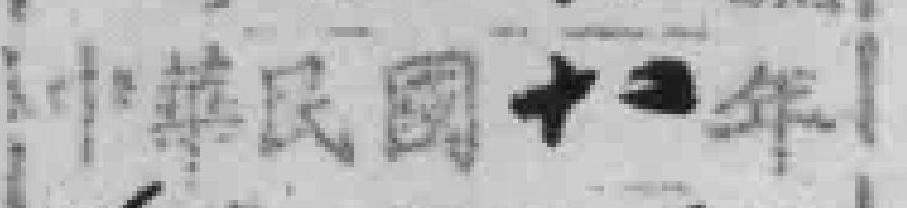
中華民国十二年